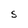
Character: S